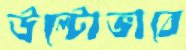
উল্টোভাবে